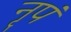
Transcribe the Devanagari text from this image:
नृपं